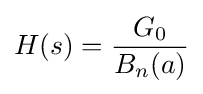
H(s)={\frac {G_{0}}{B_{n}(a)}}